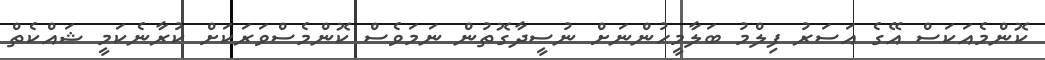
ކޮންމެއަކަސް އޭގެ އަސަރު ފިލްމު ބަލާމީހުންނަށް ނުސީދާގޮތުން ނަމަވެސް ކޮންމެސްވަރަކަށް ކުރާނެކަމީ ޝައްކެތް